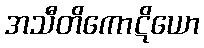
အသီတိကောဋိယော